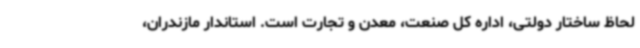
لحاظ ساختار دولتی، اداره کل صنعت، معدن و تجارت است. استاندار مازندران،